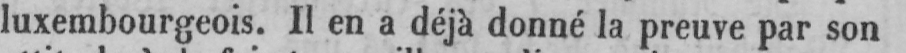
luxembourgeois. Il en a déjà donné la preuve par son